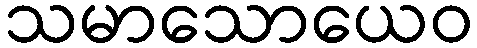
သမာသောယေဝ